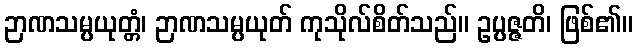
ဉာဏသမ္ပယုတ္တံ၊ ဉာဏသမ္ပယုတ် ကုသိုလ်စိတ်သည်။ ဥပ္ပဇ္ဇတိ၊ ဖြစ်၏။